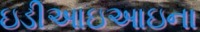
ઇડીઆઇઆઇના